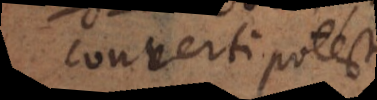
converti potest.